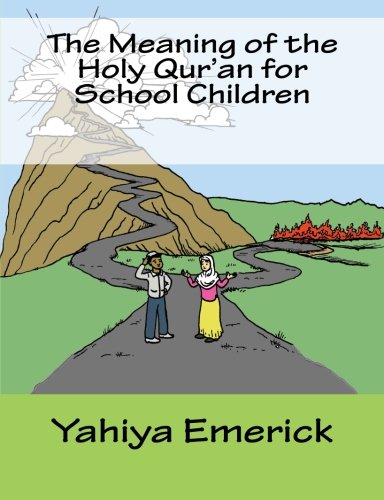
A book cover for The Meaning of the Holy Qur'an for School Children; Yahiya Emerick; Religion & Spirituality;